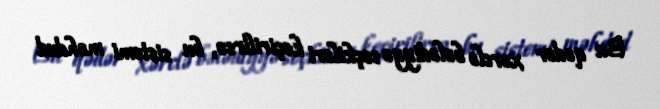
Bu qədər xərclə bələdiyyə seçkiləri keçirilirsə, bu sistemi məhdud